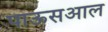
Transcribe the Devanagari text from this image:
पाऊसआल